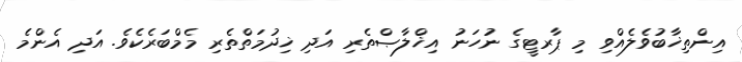
އިންތިޚާބުވެލެއްވި މި ޕާރޓީގެ ނުހަނު އިޚްލާޞްތެރި އަދި ޚިދުމަތްތެރި މެމްބަރެކެވެ. އަދި އެންމެ